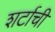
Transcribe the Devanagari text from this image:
शर्टाची